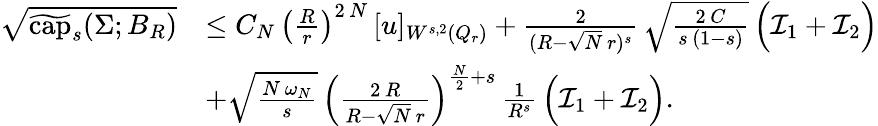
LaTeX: \begin{array}{rl}{\sqrt{\widetilde{\mathrm{cap}}_{s}(\Sigma;B_{R})}}&{\le C_{N}\, \left(\frac{R}{r}\right)^{2\, N}\, [u]_{W^{s,2}(Q_{r})}+\frac{2}{(R-\sqrt{N}\, r)^{s}}\, \sqrt{\frac{2\, C}{s\, (1-s)}}\, \Big(\mathcal{I}_{1}+\mathcal{I}_{2}\Big)}\\ &{+\sqrt{\frac{N\, \omega_{N}}{s}}\, \left(\frac{2\, R}{R-\sqrt{N}\, r}\right)^{\frac{N}{2}+s}\, \frac{1}{R^{s}}\, \Big(\mathcal{I}_{1}+\mathcal{I}_{2}\Big).}\end{array}